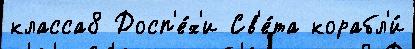
класса8 Досп'е́х'и Св'е́та корабл'и́